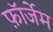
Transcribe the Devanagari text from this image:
फ़ॉर्जेम